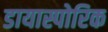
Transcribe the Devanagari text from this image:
डायास्पोरिक